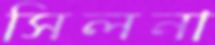
সিলনা